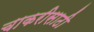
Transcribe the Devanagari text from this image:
चाकरीसाठी